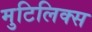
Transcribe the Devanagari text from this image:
मुटिलिक्स